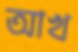
আখ